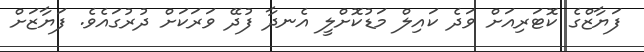
ފަޔާޒްގެ ކޮޓަރިއަށް ވަދެ ކައިލް މަޑުކޮށްލީ އެނދާ ފުދޭ ވަރަކަށް ދުރުގައެވެ. ފަޔާޒަށް